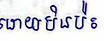
ដោយមិនប៉ះ